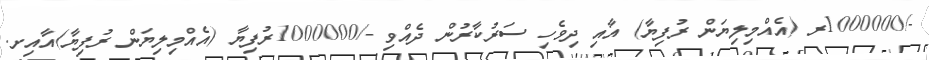
-/1000000ރ (އެއްމިލިޔަން ރުފިޔާ) އާއި ދިވެހި ސަރުކާރުން ދެއްވި -/1000000ރުފިޔާ (އެއްމިލިޔަން ރުފިޔާ)އާއިށ.